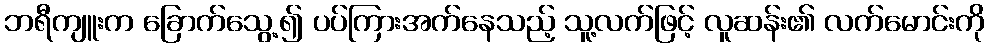
ဘရီကျူးက ခြောက်သွေ့၍ ပပ်ကြားအက်နေသည့် သူ့လက်ဖြင့် လူဆန်း၏ လက်မောင်းကို